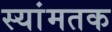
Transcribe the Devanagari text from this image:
स्यांमतक